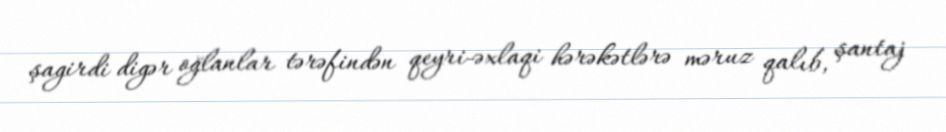
şagirdi digər oğlanlar tərəfindən qeyri-əxlaqi hərəkətlərə məruz qalıb, şantaj